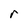
Character: r